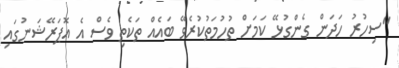
"ސިހުރު ހަދަން ގެންގުޅޭ ކަމަށް ތުހުމަތުކުރެވޭ ބައެއް ތަކެތި ވެސް އެ އޮޕަރޭޝަނުގައި